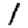
Digit: 1